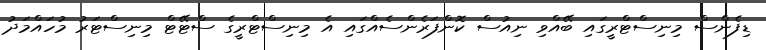
ޑިފެންސް މިނިސްޓްރީގައި ބޭއްވި ނިއުސް ކޮންފަރެންސެއްގައި އެ މިނިސްޓްރީގެ ސްޓޭޓް މިނިސްޓަރު މުހައްމަދު